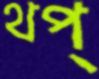
থপ্‌